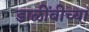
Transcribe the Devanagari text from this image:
डाळींबीच्या